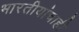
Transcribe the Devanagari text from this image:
भारतीयांचाही